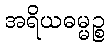
အရိယဓမ္မဉ္စ